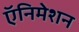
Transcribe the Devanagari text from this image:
ऍनिमेशन